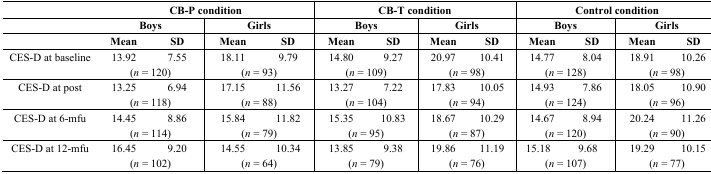
<table><thead><tr><td></td><td colspan="4"><b>CB-P condition</b></td><td colspan="4"><b>CB-T condition</b></td><td colspan="4"><b>Control condition</b></td></tr><tr><td></td><td colspan="2"><b>Boys</b></td><td colspan="2"><b>Girls</b></td><td colspan="2"><b>Boys</b></td><td colspan="2"><b>Girls</b></td><td colspan="2"><b>Boys</b></td><td colspan="2"><b>Girls</b></td></tr><tr><td></td><td><b>Mean</b></td><td><b>SD</b></td><td><b>Mean</b></td><td><b>SD</b></td><td><b>Mean</b></td><td><b>SD</b></td><td><b>Mean</b></td><td><b>SD</b></td><td><b>Mean</b></td><td><b>SD</b></td><td><b>Mean</b></td><td><b>SD</b></td></tr></thead><tbody><tr><td>CES-D at baseline</td><td>13.92</td><td>7.55</td><td>18.11</td><td>9.79</td><td>14.80</td><td>9.27</td><td>20.97</td><td>10.41</td><td>14.77</td><td>8.04</td><td>18.91</td><td>10.26</td></tr><tr><td></td><td colspan="2">(<i>n</i> = 120)</td><td colspan="2">(<i>n</i> = 93)</td><td colspan="2">(<i>n</i> = 109)</td><td colspan="2">(<i>n</i> = 98)</td><td colspan="2">(<i>n</i> = 128)</td><td colspan="2">(<i>n</i> = 98)</td></tr><tr><td>CES-D at post</td><td>13.25</td><td>6.94</td><td>17.15</td><td>11.56</td><td>13.27</td><td>7.22</td><td>17.83</td><td>10.05</td><td>14.93</td><td>7.86</td><td>18.05</td><td>10.90</td></tr><tr><td></td><td colspan="2">(<i>n</i> = 118)</td><td colspan="2">(<i>n</i> = 88)</td><td colspan="2">(<i>n</i> = 104)</td><td colspan="2">(<i>n</i> = 94)</td><td colspan="2">(<i>n</i> = 124)</td><td colspan="2">(<i>n</i> = 96)</td></tr><tr><td>CES-D at 6-mfu</td><td>14.45</td><td>8.86</td><td>15.84</td><td>11.82</td><td>15.35</td><td>10.83</td><td>18.67</td><td>10.29</td><td>14.67</td><td>8.94</td><td>20.24</td><td>11.26</td></tr><tr><td></td><td colspan="2">(<i>n</i> = 114)</td><td colspan="2">(<i>n</i> = 79)</td><td colspan="2">(<i>n</i> = 95)</td><td colspan="2">(<i>n</i> = 87)</td><td colspan="2">(<i>n</i> = 120)</td><td colspan="2">(<i>n</i> = 90)</td></tr><tr><td>CES-D at 12-mfu</td><td>16.45</td><td>9.20</td><td>14.55</td><td>10.34</td><td>13.85</td><td>9.38</td><td>19.86</td><td>11.19</td><td>15.18</td><td>9.68</td><td>19.29</td><td>10.15</td></tr><tr><td></td><td colspan="2">(<i>n</i> = 102)</td><td colspan="2">(<i>n</i> = 64)</td><td colspan="2">(<i>n</i> = 79)</td><td colspan="2">(<i>n</i> = 76)</td><td colspan="2">(<i>n</i> = 107)</td><td colspan="2">(<i>n</i> = 77)</td></tr></tbody></table>